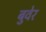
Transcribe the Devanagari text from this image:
बुवेर